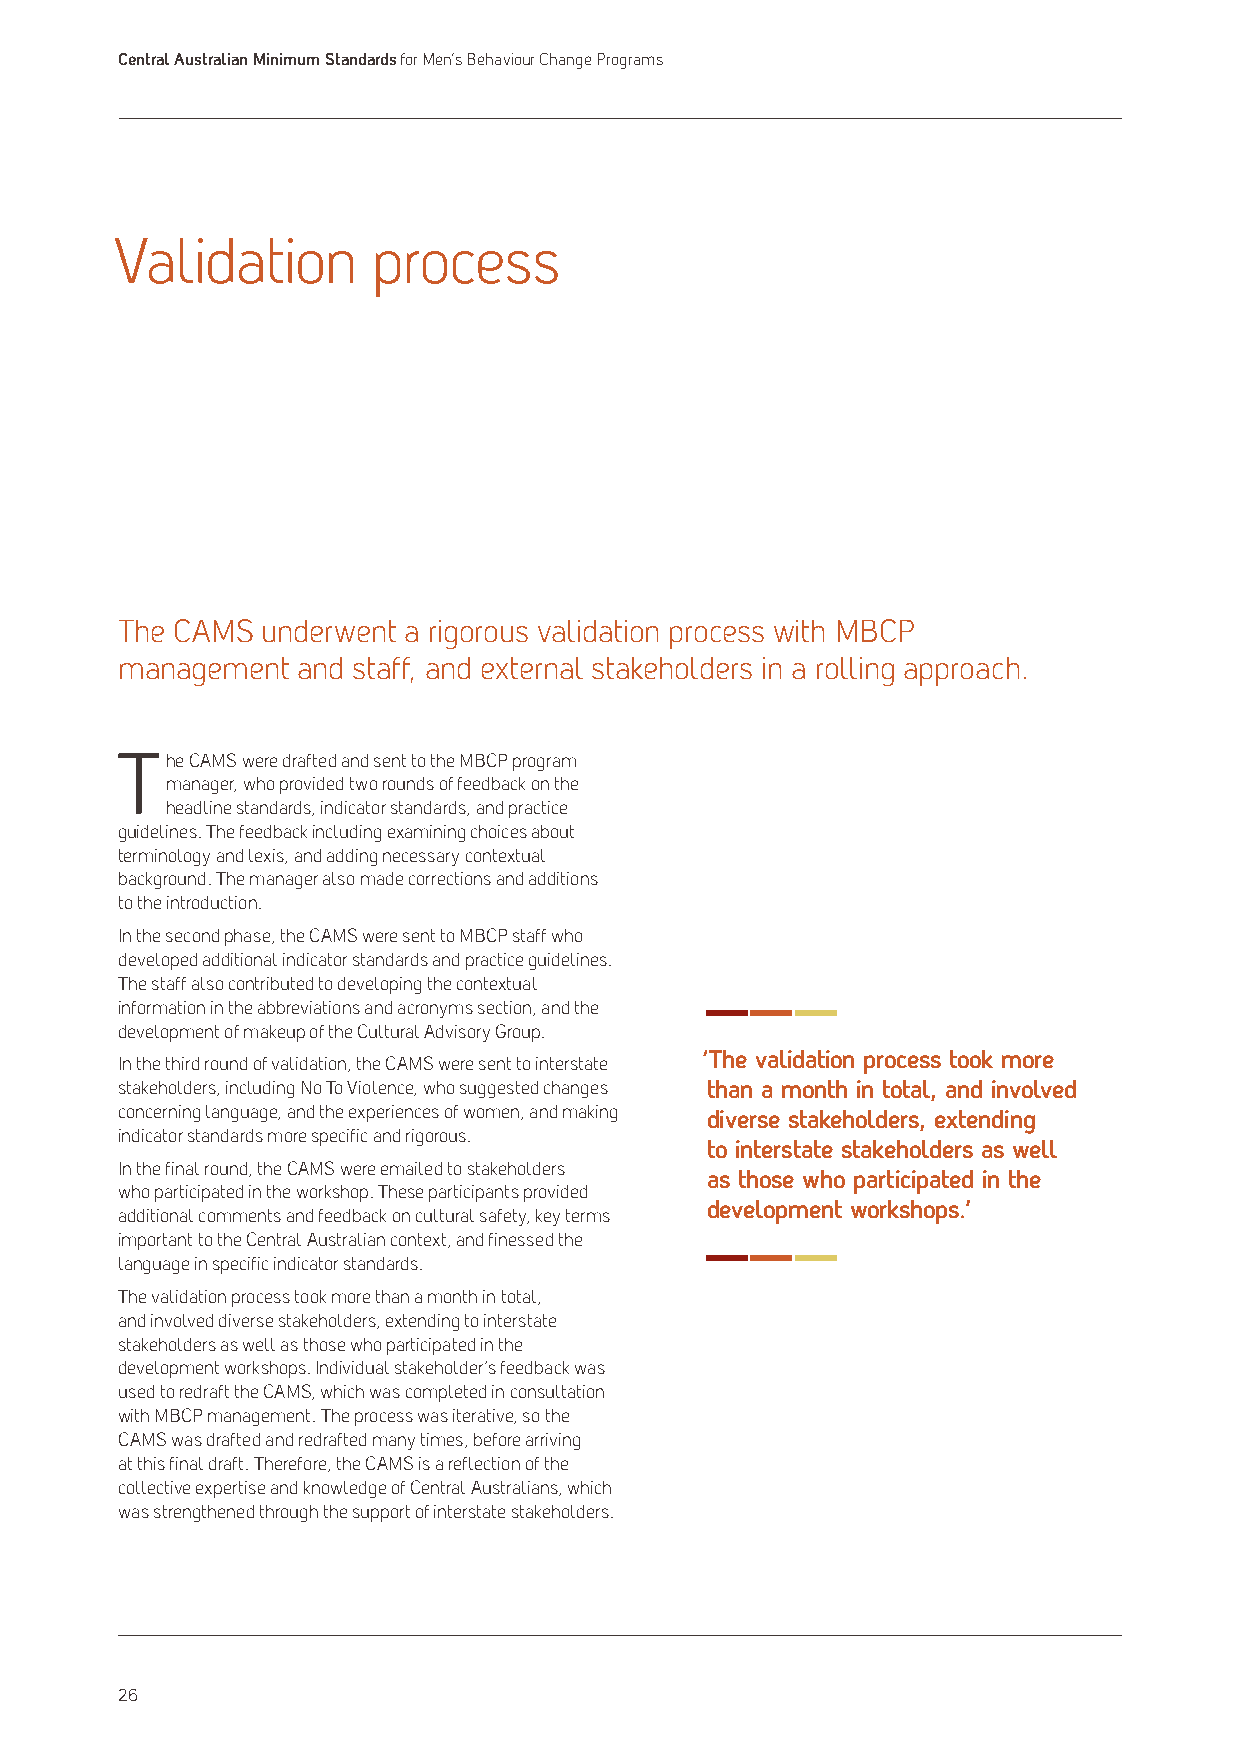
Central Australian Minimum Standards for Men’s Behaviour Change Programs
 Validation       process
 The CAMS underwent a rigorous validation process with MBCP
 management  and staff, and external stakeholders in a rolling approach.
 The CAMS were drafted and sent to the MBCP program
 manager, who provided two rounds of feedback on the
 headline standards, indicator standards, and practice
 guidelines. The feedback including examining choices about
 terminology and lexis, and adding necessary contextual
 background. The manager also made corrections and additions
 to the introduction.
 In the second phase, the CAMS were sent to MBCP staff who
 developed additional indicator standards and practice guidelines.
 The staff also contributed to developing the contextual
 information in the abbreviations and acronyms section, and the
 development of makeup of the Cultural Advisory Group.
 ‘The validation process took more
 In the third round of validation, the CAMS were sent to interstate
 stakeholders, including No To Violence, who suggested changes than a month in total, and involved
 concerning language, and the experiences of women, and making diverse stakeholders, extending
 indicator standards more specific and rigorous.
 to interstate stakeholders as well
 In the final round, the CAMS were emailed to stakeholders
 as those who participated in the
 who participated in the workshop. These participants provided
 development workshops.’
 additional comments and feedback on cultural safety, key terms
 important to the Central Australian context, and finessed the
 language in specific indicator standards.
 The validation process took more than a month in total,
 and involved diverse stakeholders, extending to interstate
 stakeholders as well as those who participated in the
 development workshops. Individual stakeholder’s feedback was
 used to redraft the CAMS, which was completed in consultation
 with MBCP management. The process was iterative, so the
 CAMS was drafted and redrafted many times, before arriving
 at this final draft. Therefore, the CAMS is a reflection of the
 collective expertise and knowledge of Central Australians, which
 was strengthened through the support of interstate stakeholders.
 26